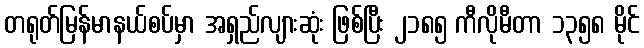
တရုတ်မြန်မာနယ်စပ်မှာ အရှည်လျားဆုံး ဖြစ်ပြီး ၂၁၈၅ ကီလိုမီတာ ၁၃၅၈ မိုင်